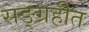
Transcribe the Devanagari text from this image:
सङ्ग्रहीत